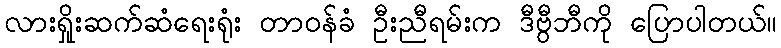
လားရှိုးဆက်ဆံရေးရုံး တာဝန်ခံ ဦးညီရမ်းက ဒီဗွီဘီကို ပြောပါတယ်။